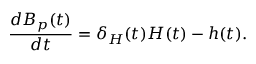
\frac { d B _ { p } ( t ) } { d t } = \delta _ { H } ( t ) H ( t ) - h ( t ) .